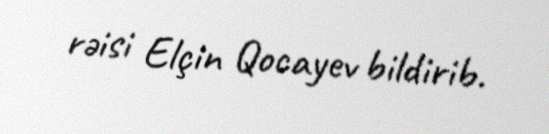
rəisi Elçin Qocayev bildirib.